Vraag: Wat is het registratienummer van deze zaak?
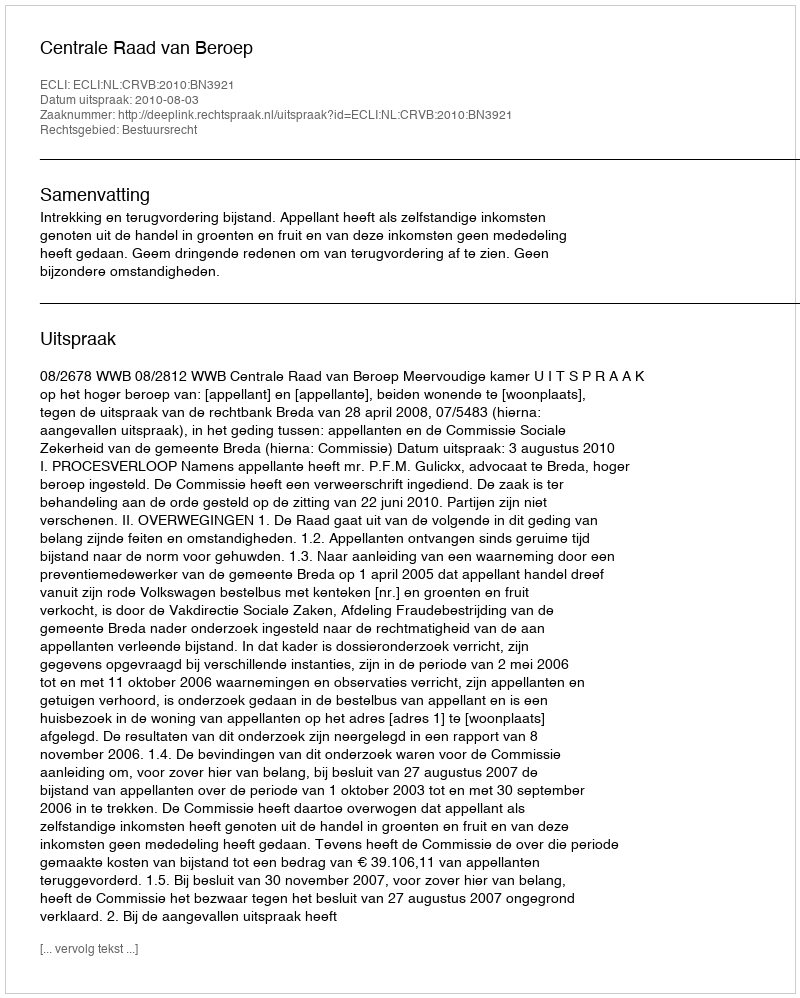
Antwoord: http://deeplink.rechtspraak.nl/uitspraak?id=ECLI:NL:CRVB:2010:BN3921